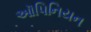
ઑપિનિયન